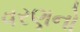
વરણનો